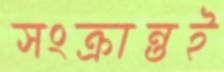
সংক্রান্তই